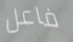
فاعل